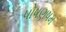
પોષણષમ